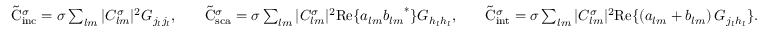
\begin{array} { r l r l r } { \tilde { \mathrm { { C } } } _ { \mathrm { i n c } } ^ { \sigma } = \sigma \sum _ { l m } | C _ { l m } ^ { \sigma } | ^ { 2 } G _ { j _ { l } j _ { l } } , } & { } & { \tilde { \mathrm { { C } } } _ { \mathrm { s c a } } ^ { \sigma } = \sigma \sum _ { l m } | C _ { l m } ^ { \sigma } | ^ { 2 } \mathrm { R e } \{ a _ { l m } { b _ { l m } } ^ { * } \} G _ { h _ { l } h _ { l } } , } & { } & { \tilde { \mathrm { { C } } } _ { \mathrm { i n t } } ^ { \sigma } = \sigma \sum _ { l m } | C _ { l m } ^ { \sigma } | ^ { 2 } \mathrm { R e } \{ \left( a _ { l m } + b _ { l m } \right) G _ { j _ { l } h _ { l } } \} . } \end{array}